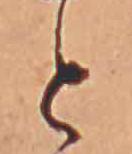
と